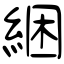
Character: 綑